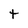
Character: t